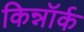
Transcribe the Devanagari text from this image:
किन्नॉर्क